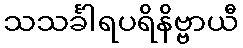
သသင်္ခါရပရိနိဗ္ဗာယီ